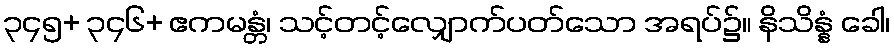
၃၄၅+ ၃၄၆+ ဧကမန္တံ၊ သင့်တင့်လျှောက်ပတ်သော အရပ်၌။ နိသိန္နံ ခေါ၊